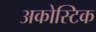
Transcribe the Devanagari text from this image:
अकोस्टिक